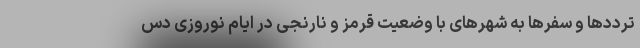
ترددها و سفرها به شهرهای با وضعیت قرمز و نارنجی در ایام نوروزی دس